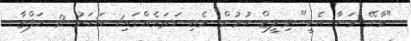
"ވާށޭ މަށާ އެކީ" ރިލީޒް ކުރުން މެއި ހަތަރެއްގައި1 އަހަރު 2 ހަފްތާ